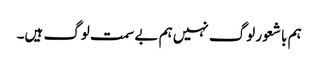
ہم با شعور لوگ نہیں ہم بے سمت لوگ ہیں۔